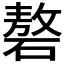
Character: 𰧑